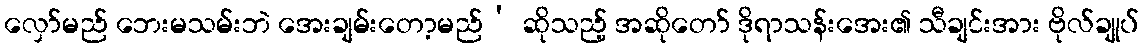
လှော်မည် ဘေးမသမ်းဘဲ အေးချမ်းတော့မည်’ ဆိုသည့် အဆိုတော် ဒိုရာသန်းအေး၏ သီချင်းအား ဗိုလ်ချုပ်